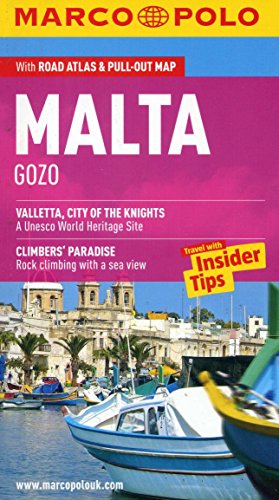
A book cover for Malta & Gozo Marco Polo Guide (Marco Polo Guides); Marco Polo Travel; Travel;